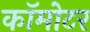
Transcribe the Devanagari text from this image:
कॉमोटर